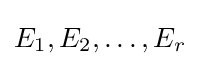
E_{1},E_{2},\ldots ,E_{r}